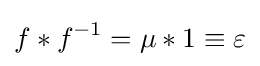
f\ast f^{-1}=\mu \ast 1\equiv \varepsilon